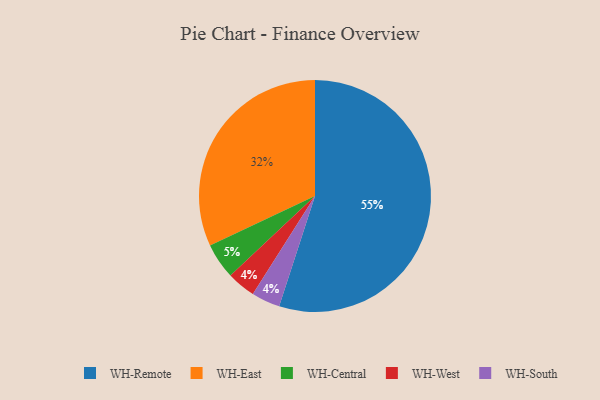
{"axis": {"x": "Category", "y": "Percentage"}, "legend": ["WH-Central", "WH-East", "WH-Remote", "WH-South", "WH-West"], "data": [{"x": "WH-Remote", "y": 55, "type": "WH-Remote"}, {"x": "WH-West", "y": 4, "type": "WH-West"}, {"x": "WH-South", "y": 4, "type": "WH-South"}, {"x": "WH-Central", "y": 5, "type": "WH-Central"}, {"x": "WH-East", "y": 32, "type": "WH-East"}]}